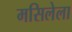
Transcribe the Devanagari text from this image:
मसिलेला